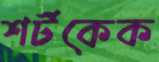
শর্টকেক